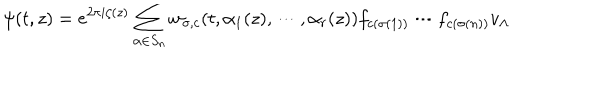
\psi ( t , z ) = e ^ { 2 \pi i \zeta ( z ) } \sum _ { \alpha \in S _ { n } } w _ { \sigma , c } ( t , \alpha _ { 1 } ( z ) , \cdots , \alpha _ { r } ( z ) ) f _ { c ( \sigma ( 1 ) ) } \cdots f _ { c ( \sigma ( n ) ) } v _ { \Lambda }